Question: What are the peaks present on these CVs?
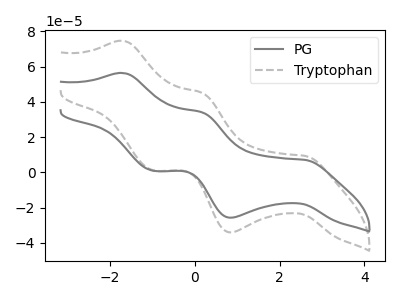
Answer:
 <answer>The gray curve "PG" has anodic peaks at (-1.70V, 56.40uA) (0.15V, 34.10uA) and cathodic peaks at (2.60V, 7.05uA) (0.85V, -25.75uA) (-1.00V, 0.90uA). The gray dashed curve "Tryptophan" has anodic peaks at (-1.70V, 74.65uA) (0.15V, 45.15uA) and cathodic peaks at (2.60V, 9.35uA) (0.85V, -34.10uA) (-1.00V, 1.15uA).</answer>
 <eval></eval>